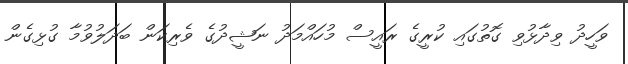
ވަހީދު ވިދާޅުވި ގޮތުގައި ކުރީގެ ރައީސް މުހައްމަދު ނަޝީދުގެ ވެރިކަން ބަދަލުވުމާ ގުޅިގެން